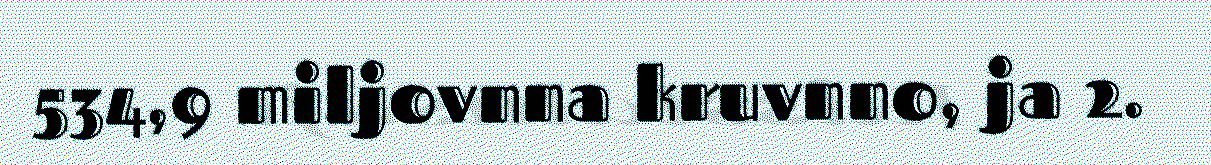
534,9 miljovnna kruvnno, ja 2.